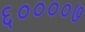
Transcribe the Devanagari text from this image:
६००००७